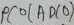
Text: ADC0